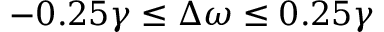
- 0 . 2 5 \gamma \le \Delta \omega \le 0 . 2 5 \gamma